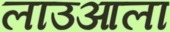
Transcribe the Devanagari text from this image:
लाउआला